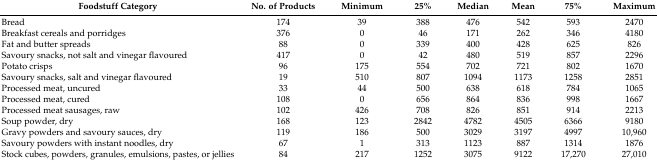
| Foodstuff Category | No. of Products | Minimum | 25% | Median | Mean | 75% | Maximum |
 | --- | --- | --- | --- | --- | --- | --- | --- |
 | Bread | 174 | 39 | 388 | 476 | 542 | 593 | 2470 |
 | Breakfast cereals and porridges | 376 | 0 | 46 | 171 | 262 | 346 | 4180 |
 | Fat and butter spreads | 88 | 0 | 339 | 400 | 428 | 625 | 826 |
 | Savoury snacks, not salt and vinegar flavoured | 417 | 0 | 42 | 480 | 519 | 857 | 2296 |
 | Potato crisps | 96 | 175 | 554 | 702 | 721 | 802 | 1670 |
 | Savoury snacks, salt and vinegar flavoured | 19 | 510 | 807 | 1094 | 1173 | 1258 | 2851 |
 | Processed meat, uncured | 33 | 44 | 500 | 638 | 618 | 784 | 1065 |
 | Processed meat, cured | 108 | 0 | 656 | 864 | 836 | 998 | 1667 |
 | Processed meat sausages, raw | 102 | 426 | 708 | 826 | 851 | 914 | 2213 |
 | Soup powder, dry | 168 | 123 | 2842 | 4782 | 4505 | 6366 | 9180 |
 | Gravy powders and savoury sauces, dry | 119 | 186 | 500 | 3029 | 3197 | 4997 | 10,960 |
 | Savoury powders with instant noodles, dry | 67 | 1 | 313 | 1123 | 887 | 1314 | 1876 |
 | Stock cubes, powders, granules, emulsions, pastes, or jellies | 84 | 217 | 1252 | 3075 | 9122 | 17,270 | 27,010 |